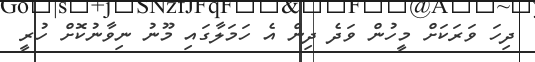
ދިހަ ވަރަކަށް މީހުން ވަދެ ދިން އެ ހަމަލާގައި މޫނު ނިވާނުކޮށް ހުރީ